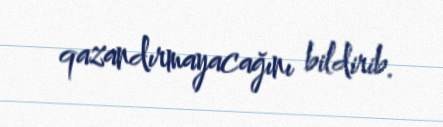
qazandırmayacağını bildirib.